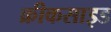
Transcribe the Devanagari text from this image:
क्रीकसाइड